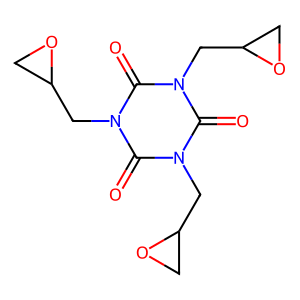
SMILES: O=c1n(CC2CO2)c(=O)n(CC2CO2)c(=O)n1CC1CO1
Inhibits HIV replication: No